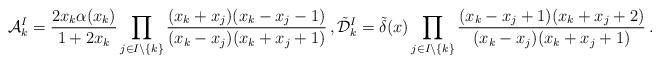
LaTeX: \begin{align*} {\mathcal{A}}_{k}^{I}= \frac{2x_k\alpha(x_k)}{1+2x_k}\prod_{j\in I\setminus\{k\}}\frac{(x_k+x_j)(x_k-x_j-1)}{(x_k-x_j)(x_k+x_j+1)}\,,\tilde{\mathcal{D}}_{k}^{I} = \tilde{\delta}(x)\prod_{j\in I\setminus \{k\}}\frac{(x_k-x_j+1)(x_k+x_j+2)}{(x_k-x_j)(x_k+x_j+1)}\,.\end{align*}